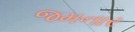
જમનાર